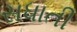
સધાતી